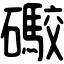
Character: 礮